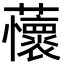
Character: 蘹